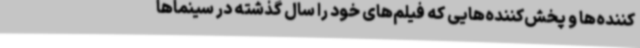
کننده‌ها و پخش‌کننده‌هایی که فیلم‌های خود را سال گذشته در سینماها